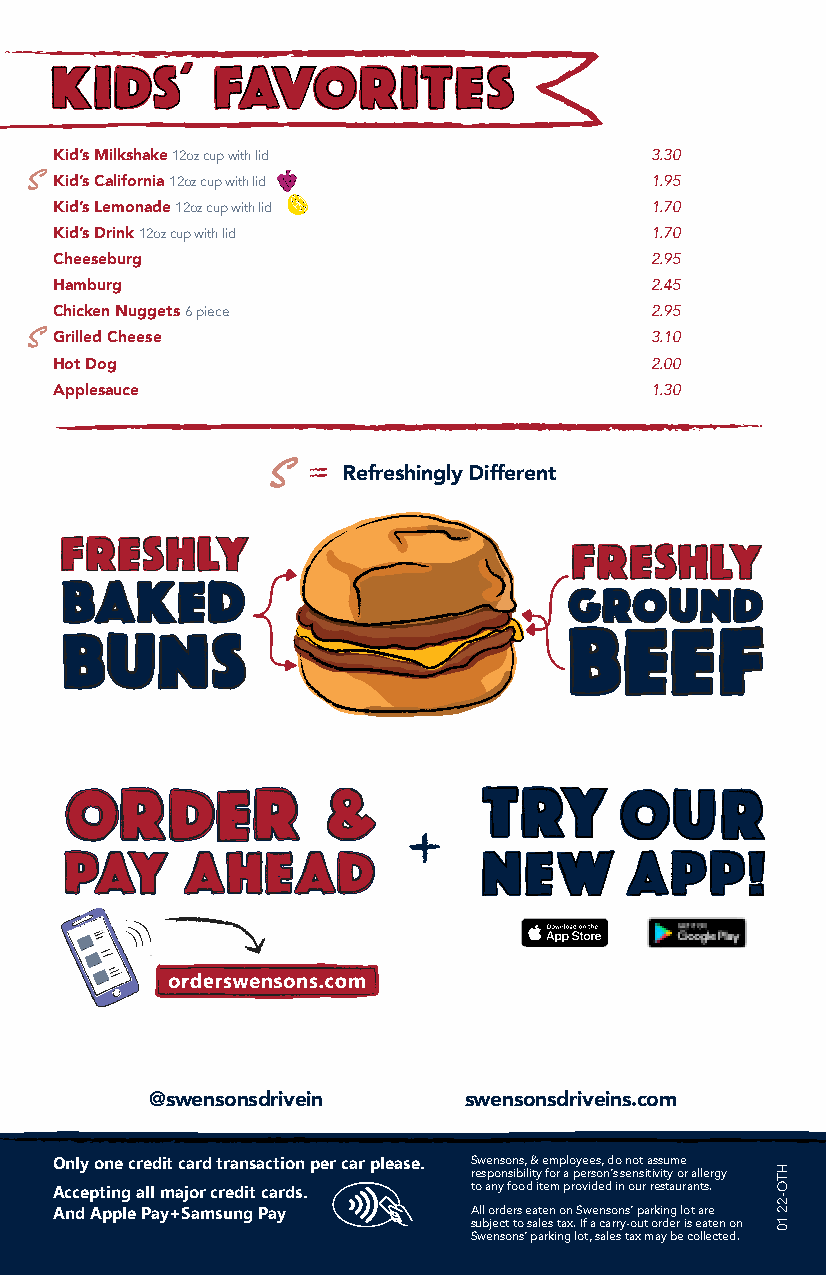
Kid’s Milkshake 12oz cup with lid      3.30
 Kid’s California 12oz cup with lid     1.95
 Kid’s Lemonade 12oz cup with lid       1.70
 Kid’s Drink 12oz cup with lid          1.70
 Cheeseburg                             2.95
 Hamburg                                2.45
 Chicken Nuggets 6 piece                2.95
 Grilled Cheese                         3.10
 Hot Dog                                2.00
 Applesauce                             1.30
 Refreshingly Different
 @swensonsdrivein     swensonsdriveins.com
 Only one credit card transaction per car please. Swensons, & employees, do not assume
 responsibility for a person’s sensitivity or allergy
 Accepting all major credit cards. to any food item provided in our restaurants.
 And Apple Pay+Samsung Pay  All orders eaten on Swensons’ parking lot are
 subject to sales tax. If a carry-out order is eaten on
 Swensons’ parking lot, sales tax may be collected.
 HTO-22
 10